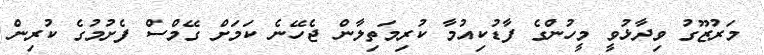
މަރުޒޫގު ވިދާޅުވީ މީހުންގެ ފާޑުކިއުމާ ކުރިމަތިލާން ޖެހޭނެ ކަމަށް ގޭމްސް ފެށުމުގެ ކުރިން